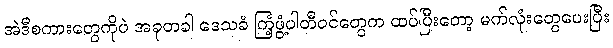
အဲဒီစကားတွေကိုပဲ အခုတခါ ဒေသခံ ကြံ့ဖွံ့ပါတီဝင်တွေက ထပ်ပြီးတော့ မက်လုံးတွေပေးပြီး